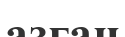
азған